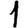
Digit: 1